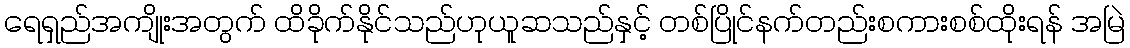
ရေရှည်အကျိုးအတွက် ထိခိုက်နိုင်သည်ဟုယူဆသည်နှင့် တစ်ပြိုင်နက်တည်းစကားစစ်ထိုးရန် အမြဲ